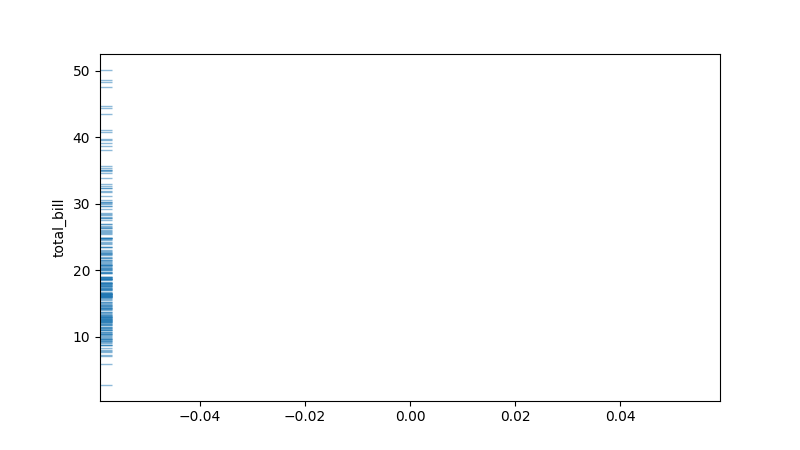
python, seaborn, rugplot, height=0.02, axis='y', alpha=0.5